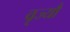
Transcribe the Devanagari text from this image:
वृज्यौ